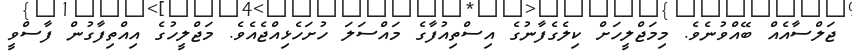
ޖަލްސާއެއް ބޭއްވުނެވެ. މިމަޖްލީހަށް ކިލެގެފާނުގެ އިސްތިއުފާގެ މައްސަލަ ހުށަހެޅިއްޖެއެވެ. މަޖްލީހުގެ އިއްތިފާގުން ފާސްވީ